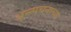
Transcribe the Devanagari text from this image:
अन्न्पचनाच्या